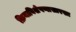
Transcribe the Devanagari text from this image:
क्रियाविशेषणासारखा